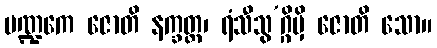
ပဏ္ဍကေ ဇောတိ နက္ခတ္တ၊ ရံသီသွ’ဂ္ဂိမှိ ဇောတိ သော။